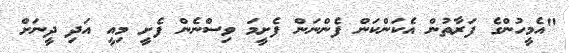
"އެމީހުންގެ ފަރާތުން އެކަންކަން ފެންނަން ފެށީމަ ވިސްނެން ފެށީ މިއީ އަދި ދީނަށް